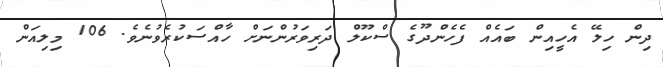
ދިން ހިލޭ އެހީއިން ބައެއް ފެހެންދޫގެ ސްކޫލް ދަރިވަރުންނަށް ހާއްސަކުރެވުނެވެ. 106 މިލިއަން